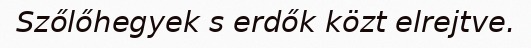
Szőlőhegyek s erdők közt elrejtve.